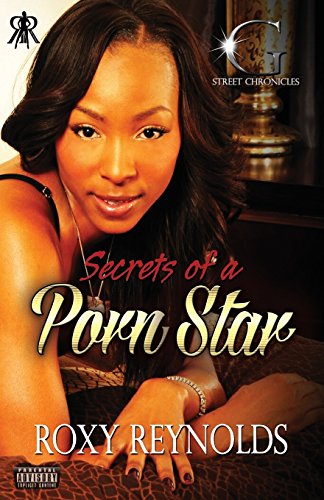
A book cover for Secrets of a Porn Star (G Street Chronicles Presents); Roxy Reynolds; Arts & Photography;